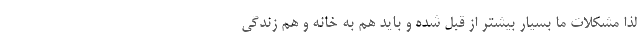
لذا مشکلات ما بسیار بیشتر از قبل شده و باید هم به خانه و هم زندگی